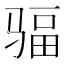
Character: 𩧿